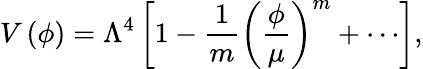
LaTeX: V\left(\phi\right)=\Lambda^{4}\left[1-{\frac{1}{m}}\left({\frac{\phi}{\mu}}\right)^{m}+\cdots\right],